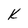
Character: k